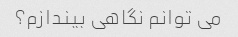
می توانم نگاهی بیندازم؟